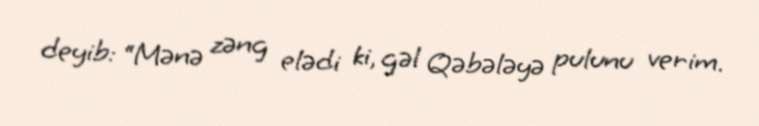
deyib: “Mənə zəng elədi ki, gəl Qəbələyə pulunu verim.